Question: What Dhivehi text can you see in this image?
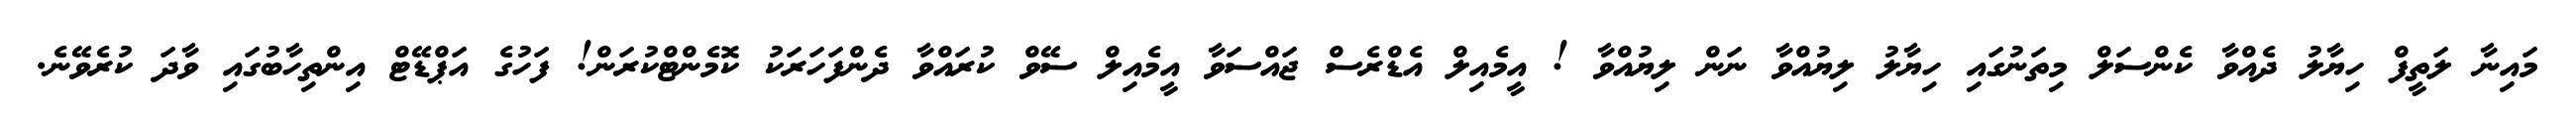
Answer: މައިނާ ލަތީފް ހިޔާލު ދެއްވާ ކެންސަލް މިތަނުގައި ހިޔާލު ލިޔުއްވާ ނަން ލިޔުއްވާ ! އީމެއިލް އެޑްރެސް ޖައްސަވާ އީމެއިލް ސޭވް ކުރައްވާ ދެންފަހަރަކު ކޮމެންޓްކުރަން! ފަހުގެ އަޕްޑޭޓް އިންތިހާބުގައި ވާދަ ކުރެވޭނެ.